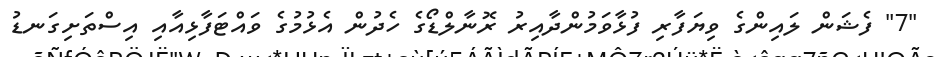
"7" ފެޝަން ލައިންގެ ވިޔަފާރި ފުޅާވަމުންދާއިރު ރޮނާލްޑޯގެ ހެދުން އެޅުމުގެ ވައްޓަފާޅިއާއި އިސްތަށިގަނޑު